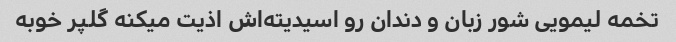
تخمه لیمویی شور زبان و دندان رو اسیدیته‌اش اذیت میکنه گلپر خوبه